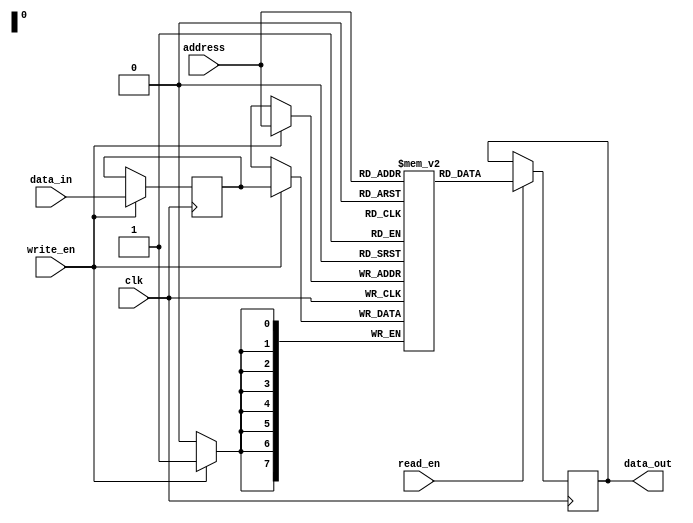
module QDR_SRAM(
    input wire clk,
    input wire [7:0] address,
    input wire [7:0] data_in,
    input wire write_en,
    input wire read_en,
    output reg [7:0] data_out
);

reg [7:0] memory [0:255];  // 256 x 8 memory array

reg [7:0] read_data;
reg [7:0] write_data;

// Quad Data Rate Interface
always @(posedge clk) begin
    if(write_en) begin
        write_data <= data_in;
        memory[address] <= write_data;
    end
    
    if(read_en) begin
        read_data <= memory[address];
    end
end

// Output data buffer
always @* begin
    data_out = read_data;
end

endmodule